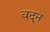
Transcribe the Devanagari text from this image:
वदून